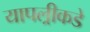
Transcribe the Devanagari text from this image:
यापल्रीकडे